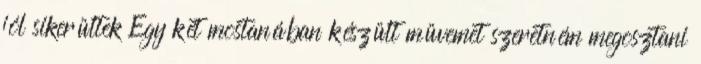
jól sikerültek Egy két mostanában készült müvemet szeretném megosztani